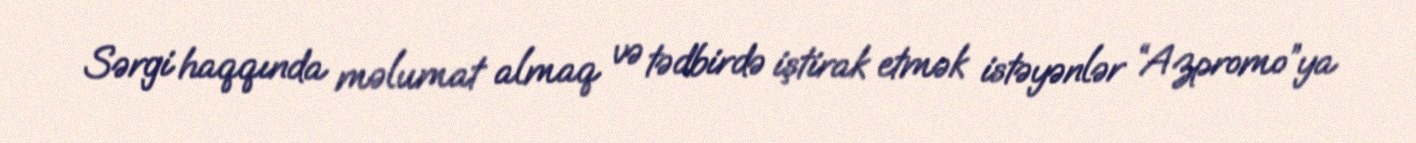
Sərgi haqqında məlumat almaq və tədbirdə iştirak etmək istəyənlər “Azpromo”ya